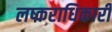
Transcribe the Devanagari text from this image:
लष्कराधिकारी